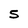
Character: 5